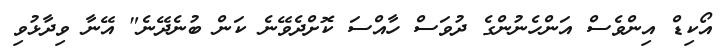
އޯކިޑް އިންވެސް އަންހެނުންގެ ދުވަސް ހާއްސަ ކޮށްދެވޭނެ ކަން ބުނެދޭނެ" އޭނާ ވިދާޅުވި